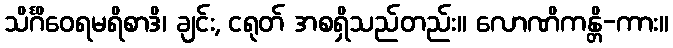
သိင်္ဂိဝေရမရိစာဒိ၊ ချင်း, ငရုတ် အစရှိသည်တည်း။ လောဏိကန္တိ-ကား။